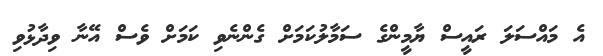
އެ މައްސަލަ ރައީސް ޔާމީންގެ ސަމާލުކަމަށް ގެންނެވި ކަމަށް ވެސް އޭނާ ވިދާޅުވި